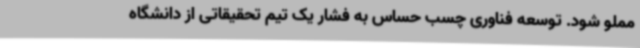
مملو شود. توسعه فناوری چسب حساس به فشار یک تیم تحقیقاتی از دانشگاه